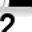
Digit: 2